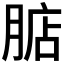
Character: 𣎀